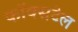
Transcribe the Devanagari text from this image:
फॉक्‍सटेल